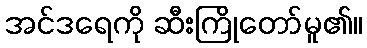
အင်ဒရေကို ဆီးကြိုတော်မူ၏။